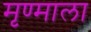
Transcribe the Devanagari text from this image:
मृण्माला